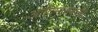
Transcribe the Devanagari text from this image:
आदिमानवाची